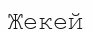
Жекей